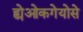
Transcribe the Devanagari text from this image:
ह्येओकगेयोसे